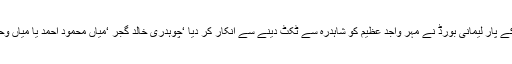
05 جون2018ء) تحر یک انصاف کے پار لیمانی بورڈ نے مہر واجد عظیم کو شاہدرہ سے ٹکٹ دینے سے انکار کر دیا ‘چوہدری خالد گجر ‘میاں محمود احمد یا میاں وحید میں کسی ایک کوٹکٹ دیا جائیگا ۔